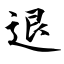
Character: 退